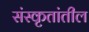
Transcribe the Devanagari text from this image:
संस्कृतांतील